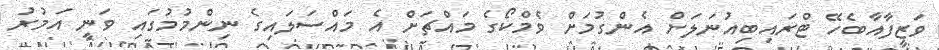
ވަޒީފާއާބެހޭ ޓްރައިބިއުނަލަށް އެންގުމަށް ވެމްކޯގެ މައްޗަށް އެ މައްސަލައިގެ ނިންމުމުގައި ވަނީ އަމުރު